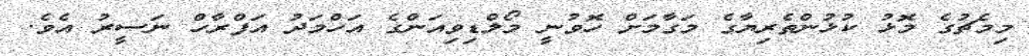
މިމެޗުގެ މޮޅު ކުޅުންތެރިޔާގެ މަގާމަށް ހޮވުނީ މޯލްޑިވިއަންގެ އަހްމަދު އަފްރާހް ނަސީރު އެވެ.